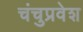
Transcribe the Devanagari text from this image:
चंचुप्रवेश